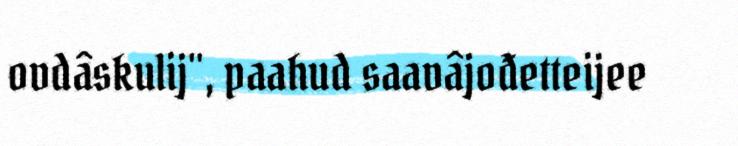
ovdâskulij", paahud saavâjođetteijee